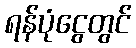
ရန်ပုံငွေတွင်